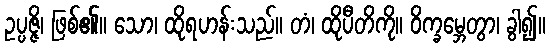
ဥပ္ပဇ္ဇိ၊ ဖြစ်၏။ သော၊ ထိုရဟန်းသည်။ တံ၊ ထိုပီတိကို။ ဝိက္ခမ္ဘေတွာ၊ ခွါ၍။